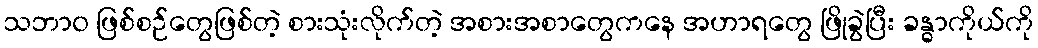
သဘာ၀ ဖြစ်စဉ်တွေဖြစ်တဲ့ စားသုံးလိုက်တဲ့ အစားအစာတွေကနေ အဟာရတွေ ဖြိုခွဲပြီး ခန္ဓာကိုယ်ကို